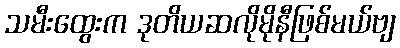
သမီးထွေးက ဒုတိယဆလိုမိုနီဖြစ်မယ်ဗျ